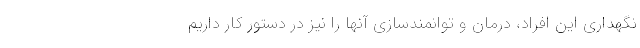
نگهداری این افراد، درمان و توانمند‌سازی آنها را نیز در دستور کار داریم